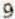
9